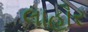
લાહૌર